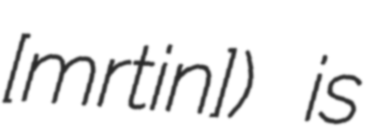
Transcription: [mɑrˈtɛin]) is